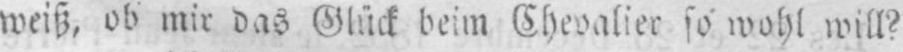
weiß, ob mir das Glück beim Chevalier so wohl will?